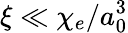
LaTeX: \xi\ll\chi_{e}/a_{0}^{3}